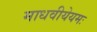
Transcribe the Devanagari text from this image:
माधवीयेयमः